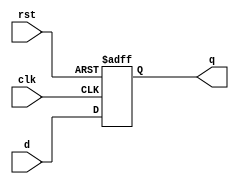
`timescale 1ns / 1ps
//////////////////////////////////////////////////////////////////////////////////
// Company: 
// Engineer: 
// 
// Design Name: 
// Module Name:    d_ff
// Project Name: 
// Target Devices: 
// Tool versions: 
// Description: 
//
// Dependencies: 
//
// Revision: 
// Revision 0.01 / File Created
// Additional Comments: 
//
//////////////////////////////////////////////////////////////////////////////////

module d_ff (clk, rst, d, q);
	parameter SIZE = 24;
	input clk;
	input rst;
	input [SIZE-1 : 0] d;
	output reg [SIZE-1 : 0] q;
	
	always
		@(posedge clk, posedge rst)
	begin
		if (rst)	
			q <= {SIZE{1'b0}};
		else
			q <= d;
	end
endmodule